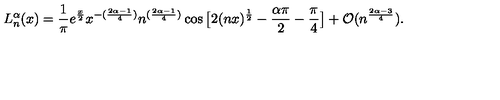
L _ { n } ^ { \alpha } ( x ) = \frac { 1 } { \pi } e ^ { \frac { x } { 2 } } x ^ { - ( \frac { 2 \alpha - 1 } { 4 } ) } n ^ { ( \frac { 2 \alpha - 1 } { 4 } ) } \cos \big [ 2 ( n x ) ^ { \frac { 1 } { 2 } } - \frac { \alpha \pi } { 2 } - \frac { \pi } { 4 } \big ] + \mathcal { O } ( n ^ { \frac { 2 \alpha - 3 } { 4 } } ) .